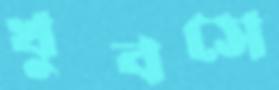
খুবসে